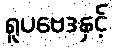
ရူပဗေဒနှင့်